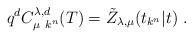
LaTeX: \begin{align*}q^{d}C_{\mu ~k^{n}}^{\lambda ,d}(T)=\tilde{Z}_{\lambda ,\mu }(t_{k^{n}}|t)\;.\end{align*}